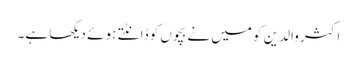
اکثر والدین کو میں نے بچوں کو ڈانٹتے ہوئے دیکھا ہے۔